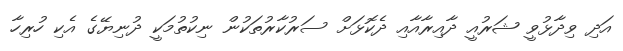
އަދި ވިދާޅުވީ ޝަރުއީ ދާއިރާއާއި ދެކޮޅަށް ސަރުކާރުތަކުން ނިކުތުމަކީ ދުނިޔޭގެ އެކި ހުރިހާ